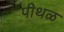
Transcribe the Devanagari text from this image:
पीथळ